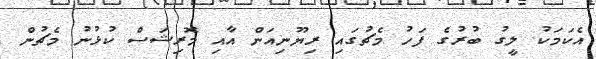
އެކަމަކު ލީގު ބުރުގެ ފަހު މެޗުގައި ރިޔޫނިއަން އާއި މޮރިޝަސް ކުޅުނު މެޗުން